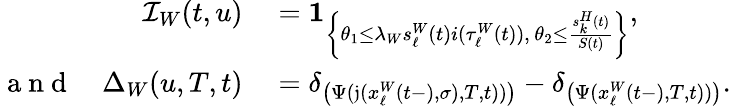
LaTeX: \begin{array}{rl}{\mathcal{I}_{W}(t,u)}&{{}=\mathbf{1}_{\left\{ \theta_{1}\leq\lambda_{W}s_{\ell}^{W}(t)i(\tau_{\ell}^{W}(t)),\, \theta_{2}\leq\frac{s_{k}^{H}(t)}{S(t)}\right\} },}\\ {\mathrm{~a~n~d~}\quad\Delta_{W}(u,T,t)}&{{}=\delta_{\left(\Psi(\mathfrak{j}(x_{\ell}^{W}(t-),\sigma),T,t))\right)}-\delta_{\left(\Psi(x_{\ell}^{W}(t-),T,t))\right)}.}\end{array}